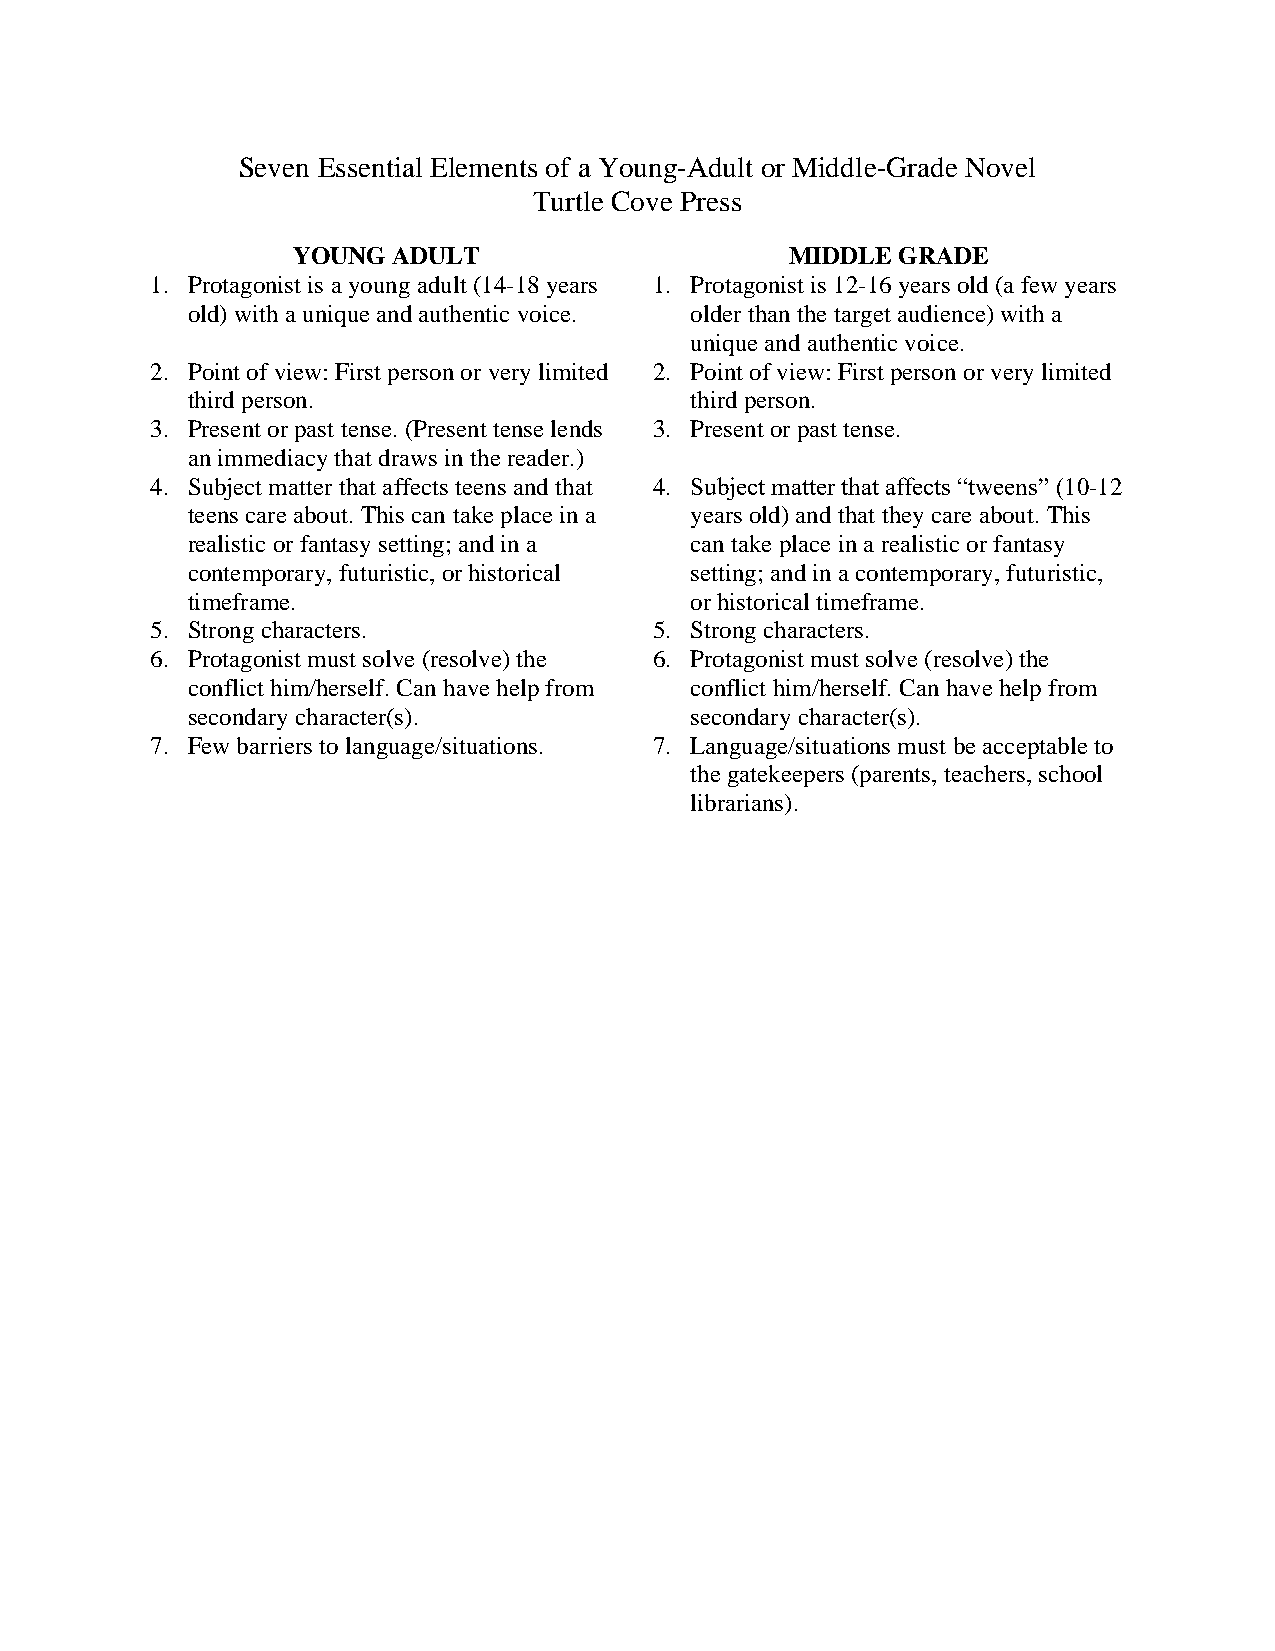
Seven Essential Elements of a Young-Adult or Middle-Grade Novel
 Turtle Cove Press
 YOUNG  ADULT                     MIDDLE GRADE
 1. Protagonist is a young adult (14-18 years 1. Protagonist is 12-16 years old (a few years
 old) with a unique and authentic voice. older than the target audience) with a
 unique and authentic voice.
 2. Point of view: First person or very limited 2. Point of view: First person or very limited
 third person.                     third person.
 3. Present or past tense. (Present tense lends 3. Present or past tense.
 an immediacy that draws in the reader.)
 4. Subject matter that affects teens and that 4. Subject matter that affects “tweens” (10-12
 teens care about. This can take place in a years old) and that they care about. This
 realistic or fantasy setting; and in a can take place in a realistic or fantasy
 contemporary, futuristic, or historical setting; and in a contemporary, futuristic,
 timeframe.                        or historical timeframe.
 5. Strong characters.            5. Strong characters.
 6. Protagonist must solve (resolve) the 6. Protagonist must solve (resolve) the
 conflict him/herself. Can have help from conflict him/herself. Can have help from
 secondary character(s).           secondary character(s).
 7. Few barriers to language/situations. 7. Language/situations must be acceptable to
 the gatekeepers (parents, teachers, school
 librarians).